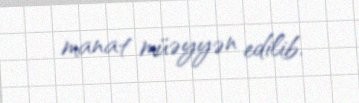
manat müəyyən edilib.